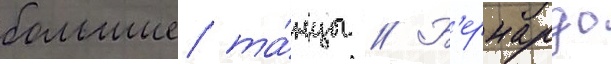
большие та́нцы // Б'ернардо